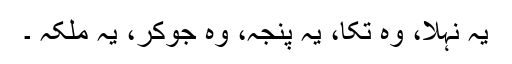
یہ نہلا، وہ تکا، یہ پنجہ، وہ جوکر، یہ ملکہ ۔